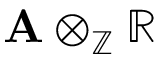
\mathbf { A } \otimes _ { \mathbb { Z } } \mathbb { R }